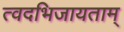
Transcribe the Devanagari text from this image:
त्वदभिजायताम्